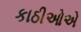
કાઠીઓએ